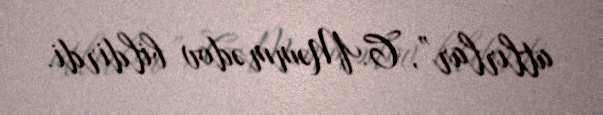
atlırlar”, C.Məmmədov bildirdi.